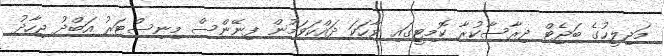
މަޖިލީހުގެ ބަޖެޓް ދިރާސާކުރާ ކޮމިޓީގައި ވާހަކަ ދައްކަވަމުން ފިނޭންސް މިނިސްޓަރު އަބްދު ޖިހާދު